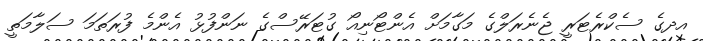
އދގެ ސެކްރެޓަރީ ޖެނެރަލްގެ މަގާމަށް އެންޓޯނިއޯ ގުޓަރޭސްގެ ނަންފުޅު އެންމެ ފުރަތަމަ ސަލާމަތީ